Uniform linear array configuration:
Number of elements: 32
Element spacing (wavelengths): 0.5
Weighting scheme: hamming
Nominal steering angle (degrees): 30
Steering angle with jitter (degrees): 30.798
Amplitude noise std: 0.05
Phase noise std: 0.05

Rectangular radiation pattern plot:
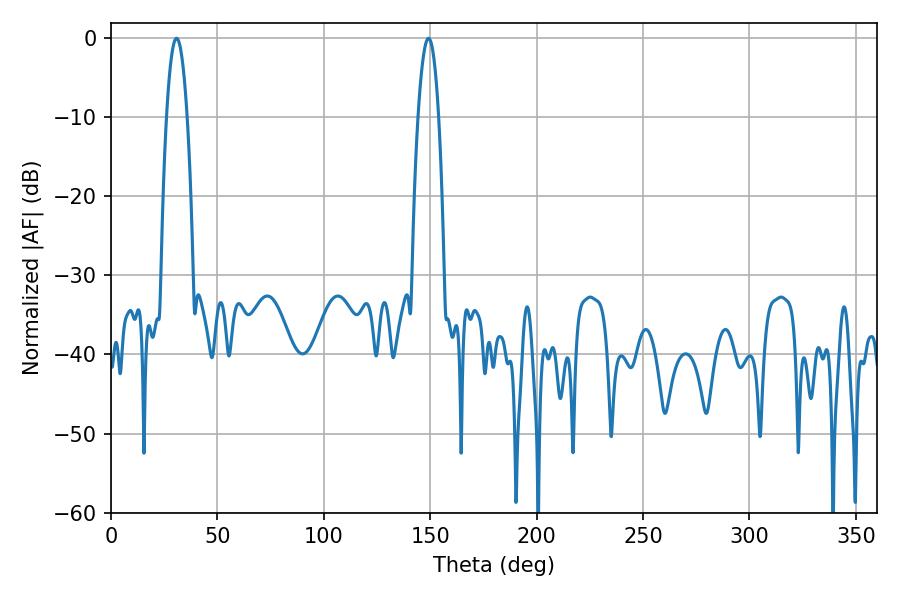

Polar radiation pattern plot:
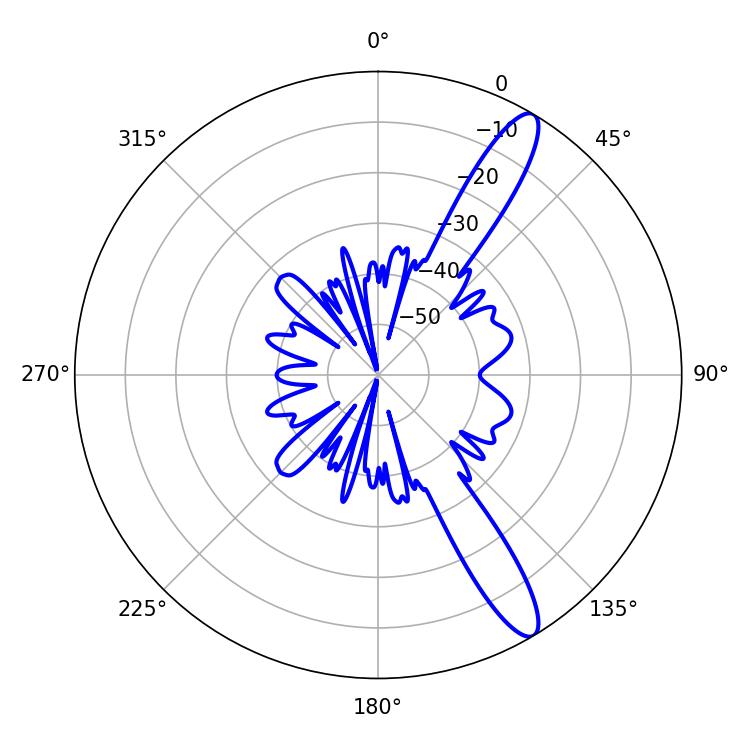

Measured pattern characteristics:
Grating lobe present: FALSE
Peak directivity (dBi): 12.861
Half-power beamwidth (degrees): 5.22
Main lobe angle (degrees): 30.78